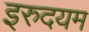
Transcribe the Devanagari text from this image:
इरुदयम